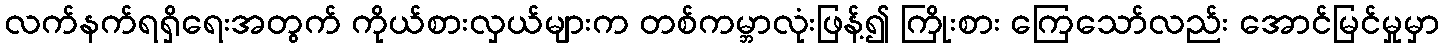
လက်နက်ရရှိရေးအတွက် ကိုယ်စားလှယ်များက တစ်ကမ္ဘာလုံးဖြန့်၍ ကြိုးစား ကြေသော်လည်း အောင်မြင်မှုမှာ